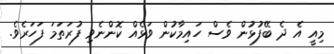
މިއީ އެ ދެ ބޭފުޅުން ވެސް ހައިމާކުން ވަޅެއް ކޮންނެވި ފުރަތަމަ ފަހަރެވެ.